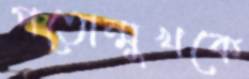
পতোন্মুখকে